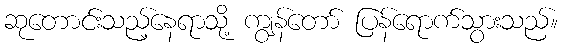
ဆုတောင်းသည့်နေရာသို့ ကျွန်တော် ပြန်ရောက်သွားသည်။